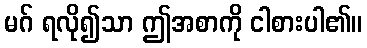
မဂ် ရလို၍သာ ဤအစာကို ငါစားပါ၏။